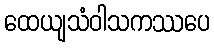
ထေယျသံဝါသကဿပေ